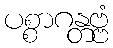
ပစ္စာဂန္တဗ္ဗံ